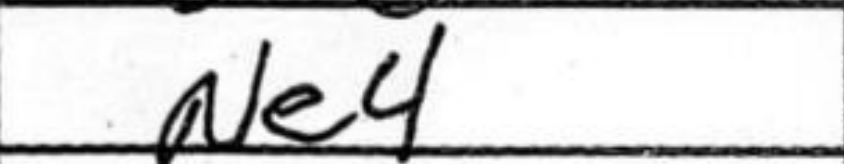
Transcription: Ne4